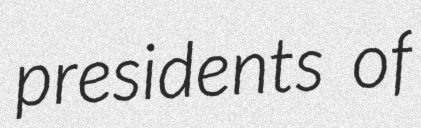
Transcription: presidents of